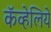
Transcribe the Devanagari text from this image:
कॅव्हेलिये